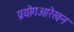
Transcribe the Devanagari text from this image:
प्रयोगआरेखन